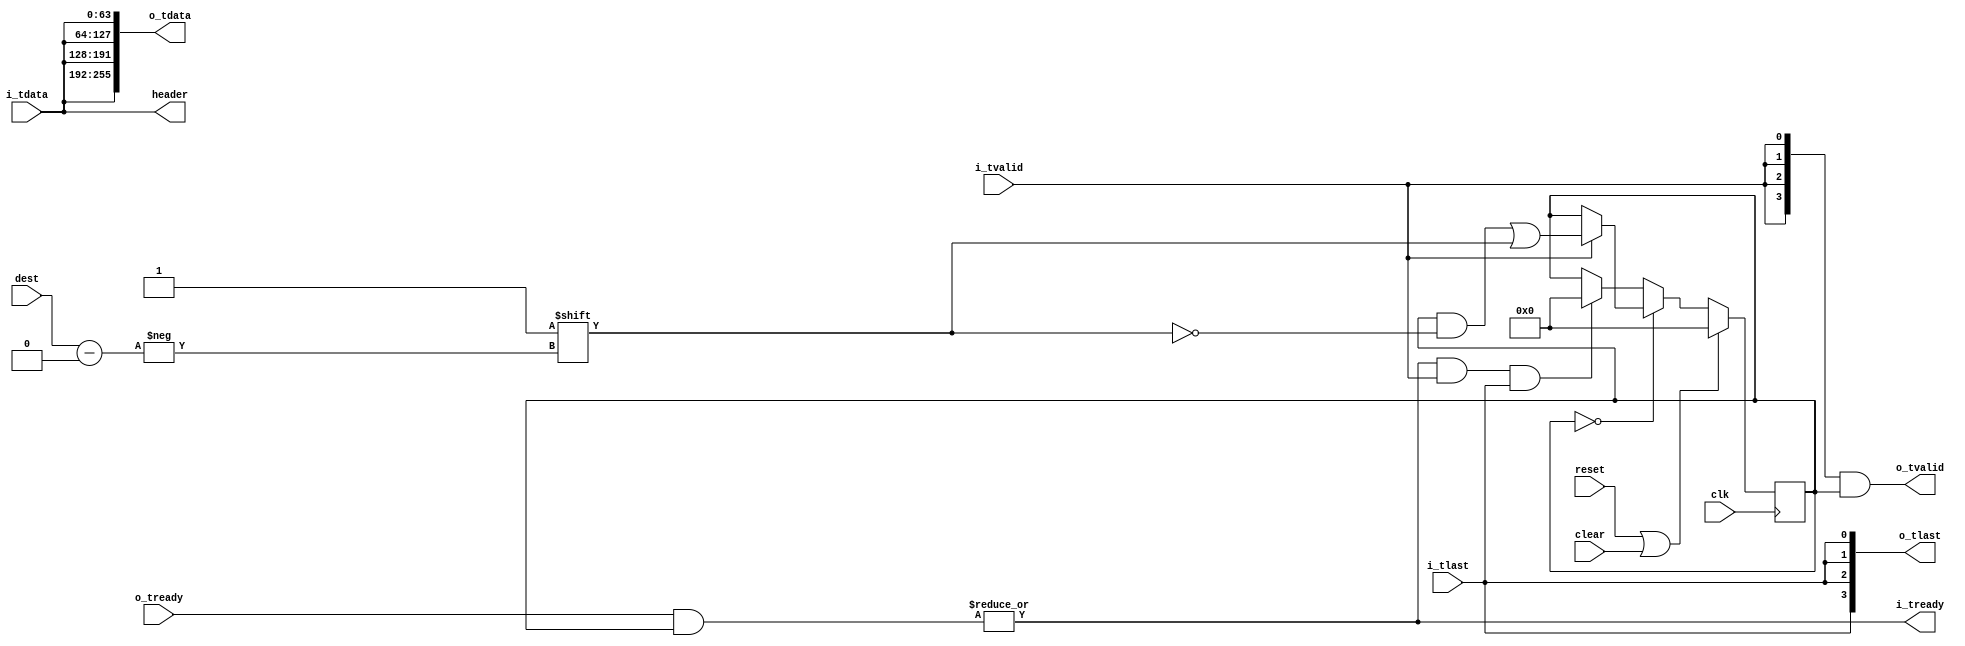

// Copyright 2012 Ettus Research LLC
// Copyright 2018 Ettus Research, a National Instruments Company
//
// SPDX-License-Identifier: LGPL-3.0-or-later
// axi_demux -- takes 1 AXI stream, demuxes to up to 16 output streams
//  One bubble cycle between each packet

module axi_demux
  #(parameter WIDTH=64,
    parameter SIZE=4,
    parameter PRE_FIFO_SIZE=0,
    parameter POST_FIFO_SIZE=0)
   (input clk, input reset, input clear,
    output [WIDTH-1:0] header, input [$clog2(SIZE)-1:0] dest,
    input [WIDTH-1:0] i_tdata, input i_tlast, input i_tvalid, output i_tready,
    output [(WIDTH*SIZE)-1:0] o_tdata, output [SIZE-1:0] o_tlast, output [SIZE-1:0] o_tvalid, input [SIZE-1:0] o_tready);

   wire i_tlast_int, i_tready_int, i_tvalid_int;
   wire [WIDTH-1:0] i_tdata_int;
   generate
     if (PRE_FIFO_SIZE == 0) begin
       assign i_tlast_int = i_tlast;
       assign i_tdata_int = i_tdata;
       assign i_tvalid_int = i_tvalid;
       assign i_tready = i_tready_int;
     end else begin
       axi_fifo #(.WIDTH(WIDTH+1),.SIZE(PRE_FIFO_SIZE)) axi_fifo (
         .clk(clk), .reset(reset), .clear(clear),
         .i_tdata({i_tlast,i_tdata}), .i_tvalid(i_tvalid), .i_tready(i_tready),
         .o_tdata({i_tlast_int,i_tdata_int}), .o_tvalid(i_tvalid_int), .o_tready(i_tready_int),
         .space(), .occupied());
     end
   endgenerate

   reg [SIZE-1:0] 	      st;

   assign header = i_tdata_int;

   always @(posedge clk)
     if(reset | clear)
       st <= {SIZE{1'b0}};
     else
       if(st == 0)
	 if(i_tvalid_int)
	   st[dest] <= 1'b1;
	 else
	   ;
       else
	 if(i_tready_int & i_tvalid_int & i_tlast_int)
	   st <= {SIZE{1'b0}};
   
   wire [SIZE-1:0]  o_tlast_int, o_tready_int, o_tvalid_int;
   wire [WIDTH-1:0] o_tdata_int[0:SIZE-1];
   genvar n;
   generate
     if (POST_FIFO_SIZE == 0) begin
       assign o_tdata = {SIZE{i_tdata_int}};
       assign o_tlast = {SIZE{i_tlast_int}};
       assign o_tvalid = {SIZE{i_tvalid_int}} & st;
       assign i_tready_int = |(o_tready & st);
     end else begin
       wire [SIZE-1:0] o_tready_fifo;
       assign i_tready_int = |(o_tready_fifo & st);
       for (n = 0; n < SIZE; n = n + 1) begin
         axi_fifo #(.WIDTH(WIDTH+1),.SIZE(POST_FIFO_SIZE)) axi_fifo (
           .clk(clk), .reset(reset), .clear(clear),
           .i_tdata({i_tlast_int,i_tdata_int}), .i_tvalid(i_tvalid_int & st[n]), .i_tready(o_tready_fifo[n]),
           .o_tdata({o_tlast[n],o_tdata[WIDTH*(n+1)-1:WIDTH*n]}), .o_tvalid(o_tvalid[n]), .o_tready(o_tready[n]),
           .space(), .occupied());
       end
     end
   endgenerate

endmodule // axi_demux